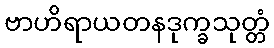
ဗာဟိရာယတနဒုက္ခသုတ္တံ